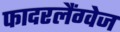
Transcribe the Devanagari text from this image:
फादरलैंग्वेज